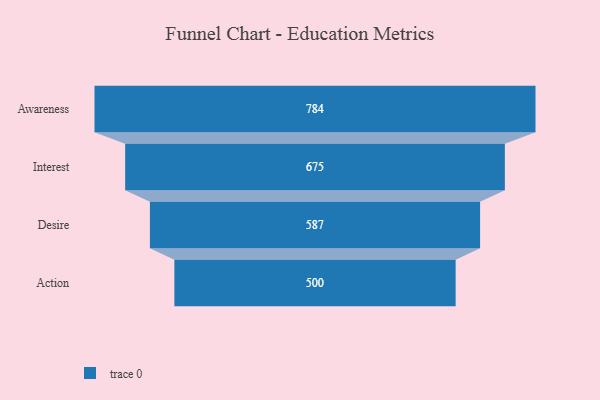
{"axis": {"x": "Stage", "y": "Value"}, "legend": [""], "data": [{"x": "Awareness", "y": 784.0, "type": ""}, {"x": "Interest", "y": 675.0, "type": ""}, {"x": "Desire", "y": 587.0, "type": ""}, {"x": "Action", "y": 500, "type": ""}]}